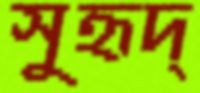
সুহৃদ্‌